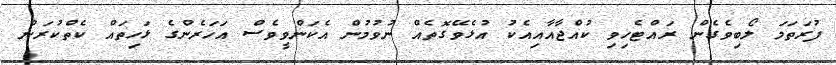
ފުރަތަމަ ލޯބިވެގެން ރައްޓެހިވި ކުއްޖާއާއިއެކު އުޅެވޭގޮތެއް ނުވުމުން އެކަންވީވެސް އަހަރެންގެ ޅަހިތައް ކެތްކުރަން